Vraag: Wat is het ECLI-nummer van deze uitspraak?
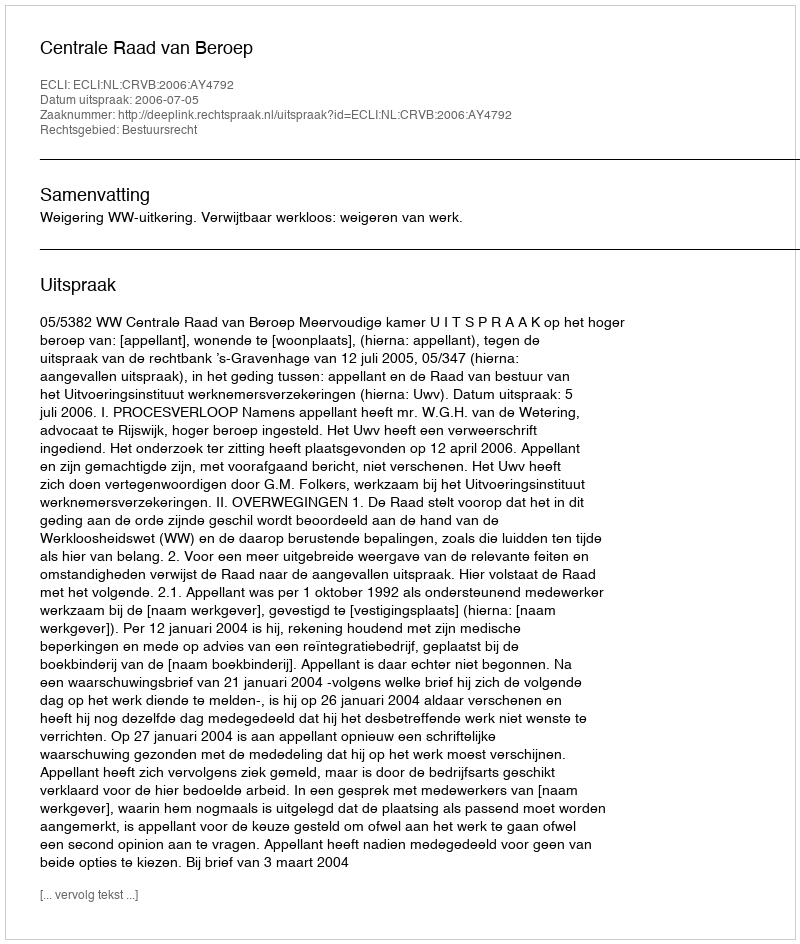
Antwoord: ECLI:NL:CRVB:2006:AY4792